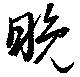
晩